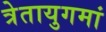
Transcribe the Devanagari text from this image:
त्रेतायुगमां